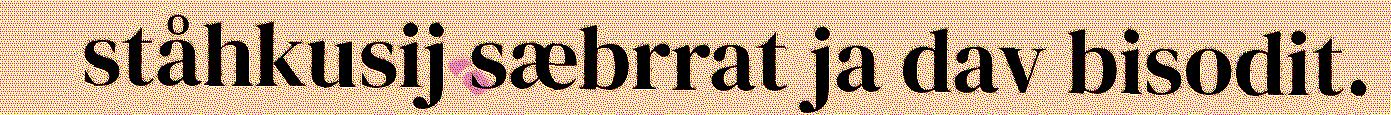
ståhkusij sæbrrat ja dav bisodit.